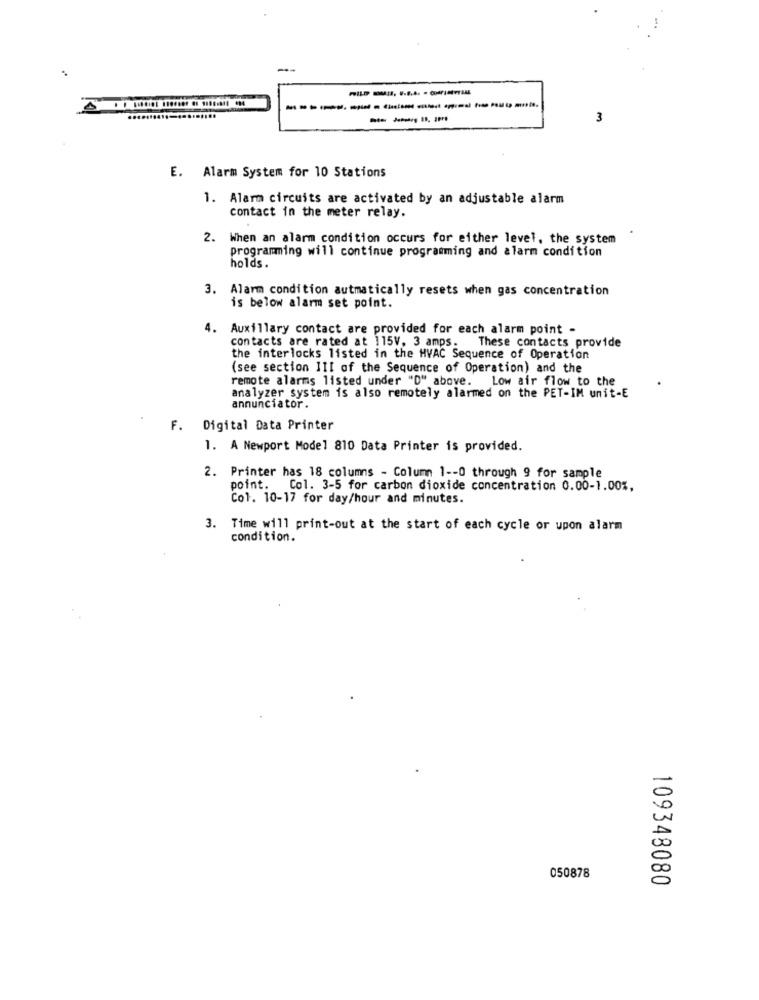
------------------
3
E. Alarm System for 10 Stations
1. Alarm circuits are activated by an adjustable alarm
contact in the meter relay.
2. When an alarm condition occurs for either level, the system
programming will continue programming and alarm condition
holds.
3. Alarm condition autmatically resets when gas concentration
is below alarm set point.
4.
Auxillary contact are provided for each alarm point -
contacts are rated at 115V. 3 amps. These contacts provide
the interlocks listed in the HVAC Sequence of Operation
(see section 111 of the Sequence of Operation) and the
remote alarms listed under "D" above. Low air flow to the
analyzer system is also remotely alarmed on the PET-IM unit-E
annunciator.
F. Digital Data Printer
1. A Newport Model 810 Data Printer is provided.
2. Printer has 18 columns - Column 1 -- 0 through 9 for sample
point. Col. 3-5 for carbon dioxide concentration 0.00-1.00%,
Col. 10-17 for day/hour and minutes.
3. Time will print-out at the start of each cycle or upon alarm
condition.
050878
109348080